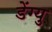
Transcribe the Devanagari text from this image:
डेंग्यु